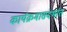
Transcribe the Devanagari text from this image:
कार्यक्रमासंदर्भात